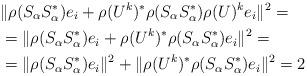
LaTeX: \begin{align*}& \| \rho(S_\alpha S_\alpha^*)e_i+\rho(U^k)^*\rho(S_\alpha S_\alpha^*)\rho(U)^k e_i\|^2=\\& = \| \rho(S_\alpha S_\alpha^*)e_i+\rho(U^k)^*\rho(S_\alpha S_\alpha^*)e_i\|^2=\\& = \| \rho(S_\alpha S_\alpha^*)e_i\|^2+\|\rho(U^k)^*\rho(S_\alpha S_\alpha^*)e_i\|^2=2\end{align*}